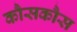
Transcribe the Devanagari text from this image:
कौसकौस